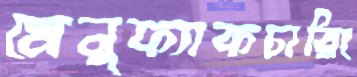
মেনুফ্যাকচারিং